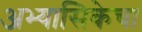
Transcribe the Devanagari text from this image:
अभ्यासिकेचा